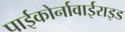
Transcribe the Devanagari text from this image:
पाईकोर्नावाईराइड